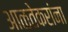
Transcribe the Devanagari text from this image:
आळतेकरांना